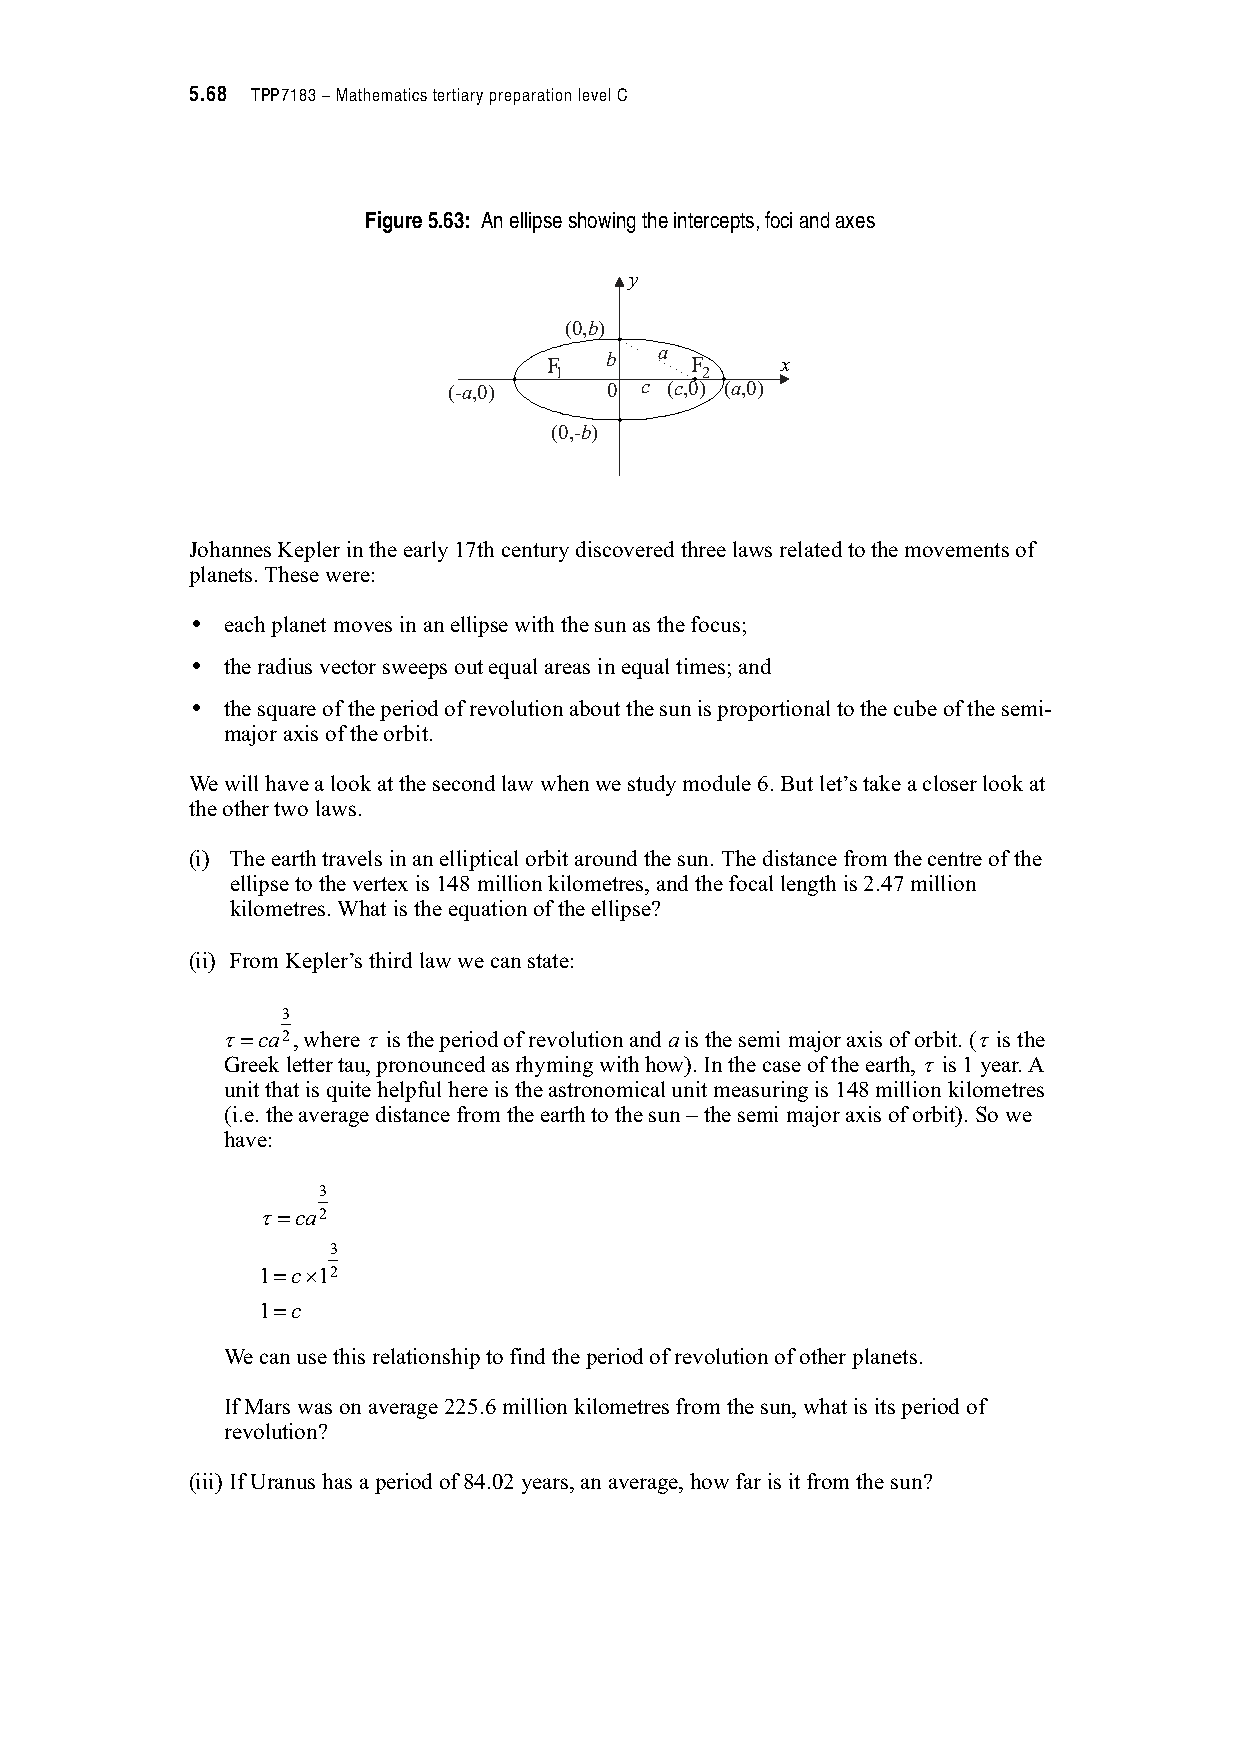
5.68 TPP7183 – Mathematics tertiary preparation level C
 Figure 5.63: An ellipse showing the intercepts, foci and axes
 y
 (0,b)
 a
 F   b     F     x
 1        2
 (-a,0)    0 c (c,0) (a,0)
 (0,-b)
 Johannes Kepler in the early 17th century discovered three laws related to the movements of
 planets. These were:
 each planet moves in an ellipse with the sun as the focus;
 •
 the radius vector sweeps out equal areas in equal times; and
 •
 the square of the period of revolution about the sun is proportional to the cube of the semi-
 •
 major axis of the orbit.
 We will have a look at the second law when we study module 6. But let’s take a closer look at
 the other two laws.
 (i) The earth travels in an elliptical orbit around the sun. The distance from the centre of the
 ellipse to the vertex is 148 million kilometres, and the focal length is 2.47 million
 kilometres. What is the equation of the ellipse?
 (ii) From Kepler’s third law we can state:
 3
 !ca2, where is the period of revolution and a is the semi major axis of orbit. ( is the
 Greek letter tau, pronounced as rhyming with how). In the case of the earth, is 1 year. A
 unit that is quite helpful here is the astronomical unit measuring is 148 million kilometres
 (i.e. the average distance from the earth to the sun – the semi major axis of orbit). So we
 have:
 3
 !ca2
 3
 1!c"12
 1!c
 We can use this relationship to find the period of revolution of other planets.
 If Mars was on average 225.6 million kilometres from the sun, what is its period of
 revolution?
 (iii) If Uranus has a period of 84.02 years, an average, how far is it from the sun?